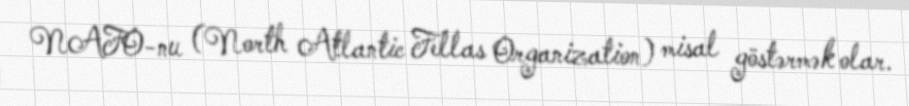
NAFO-nu (North Atlantic Fellas Organization) misal göstərmək olar.